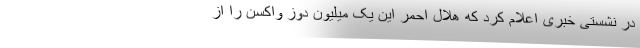
در نشستی خبری اعلام کرد که هلال احمر این یک میلیون دوز واکسن را از